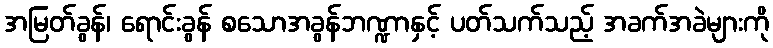
အမြတ်ခွန်၊ ရောင်းခွန် စသောအခွန်ဘဏ္ဍာနှင့် ပတ်သက်သည့် အခက်အခဲများကို